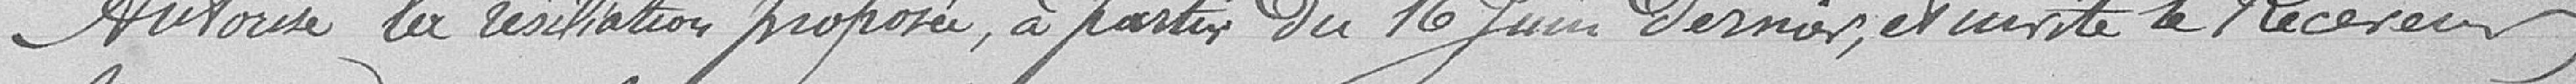
Autorise la résiliation proposée, à partir du 16 juin dernier et invite le receveur